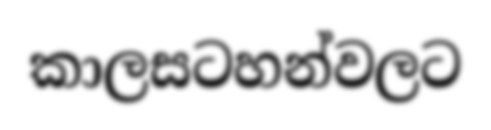
කාලසටහන්වලට